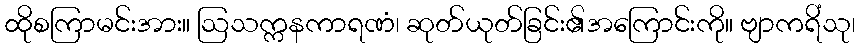
ထိုစကြာမင်းအား။ ဩသက္ကနကာရဏံ၊ ဆုတ်ယုတ်ခြင်း၏အကြောင်းကို။ ဗျာကရိံသု၊